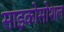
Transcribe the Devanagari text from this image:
साइकोसोशल